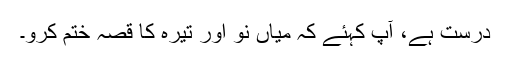
درست ہے، آپ کہئے کہ میاں نو اور تیرہ کا قصہ ختم کرو۔